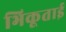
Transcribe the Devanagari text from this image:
भिकूताई